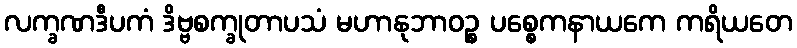
လက္ခဏဒီပကံ ဒိဗ္ဗစက္ခုတာပသံ မဟာနုဘာဝဉ္စ ပစ္စေကနာယကေ ကရိယတေ